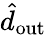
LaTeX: \hat{d}_{\mathrm{out}}